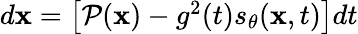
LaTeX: \begin{array}{r}{d\mathbf{x}=\left[\mathcal{P}(\mathbf{x})-g^{2}(t)s_{\theta}(\mathbf{x},t)\right]dt}\end{array}